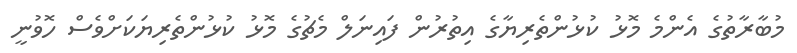
މުބާރާތުގެ އެންމެ މޮޅު ކުޅުންތެރިޔާގެ އިތުރުން ފައިނަލް މެޗުގެ މޮޅު ކުޅުންތެރިޔަކަށްވެސް ހޮވުނީ